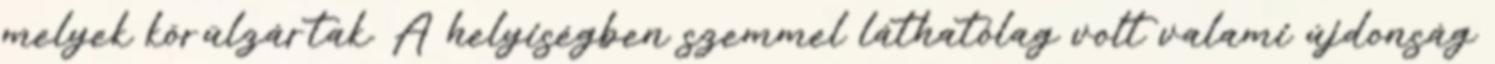
melyek körülzártak. A helyiségben szemmel láthatólag volt valami újdonság